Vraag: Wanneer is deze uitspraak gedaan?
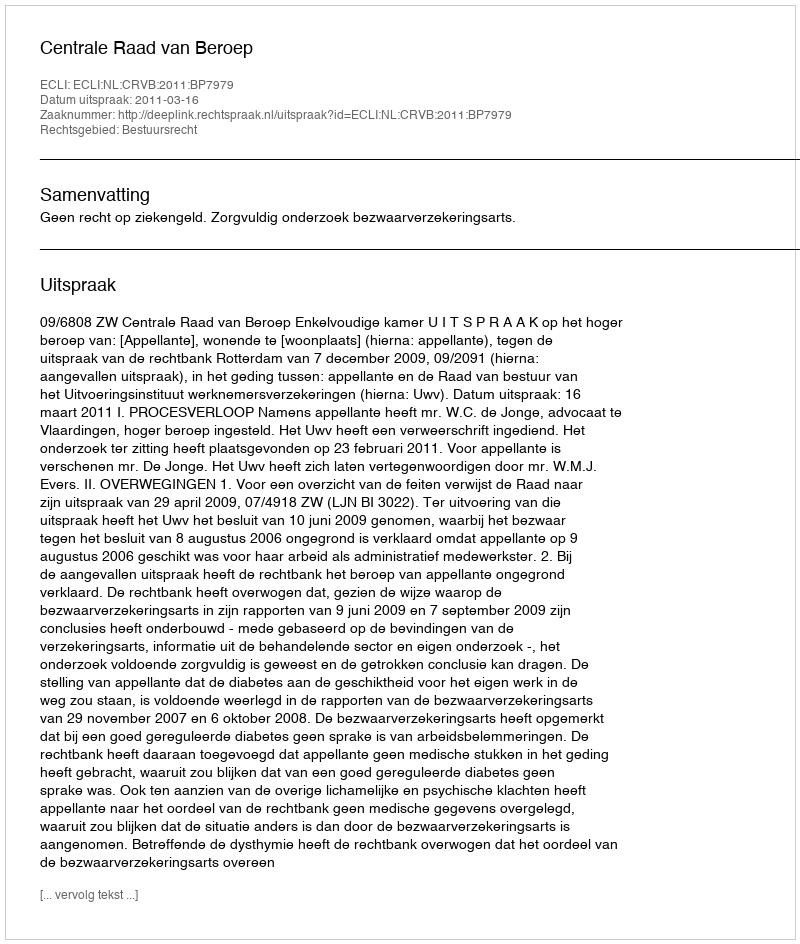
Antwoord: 2011-03-16